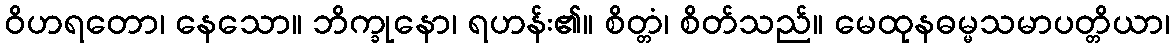
ဝိဟရတော၊ နေသော။ ဘိက္ခုနော၊ ရဟန်း၏။ စိတ္တံ၊ စိတ်သည်။ မေထုနဓမ္မသမာပတ္တိယာ၊